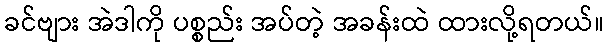
ခင်ဗျား အဲဒါကို ပစ္စည်း အပ်တဲ့ အခန်းထဲ ထားလို့ရတယ်။